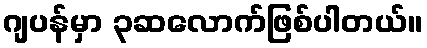
ဂျပန်မှာ ၃ဆလောက်ဖြစ်ပါတယ်။